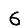
Digit: 6